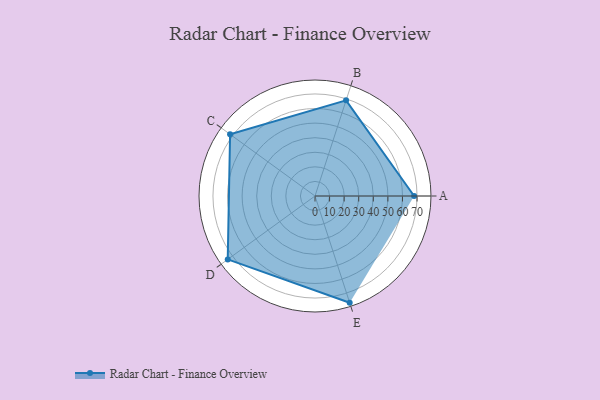
{"axis": {"x": "Skill", "y": "Score"}, "legend": ["Profile"], "data": [{"x": "A", "y": 68.0, "type": "Profile"}, {"x": "B", "y": 69.0, "type": "Profile"}, {"x": "C", "y": 72.0, "type": "Profile"}, {"x": "D", "y": 74.0, "type": "Profile"}, {"x": "E", "y": 77.0, "type": "Profile"}]}